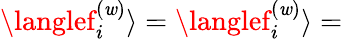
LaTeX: \langlef_{i}^{(\mathit{w})}\rangle=\langlef_{i}^{(\mathit{w})}\rangle=